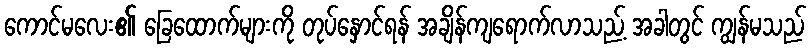
ကောင်မလေး၏ ခြေထောက်များကို တုပ်နှောင်ရန် အချိန်ကျရောက်လာသည့် အခါတွင် ကျွန်မသည်